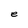
Character: e